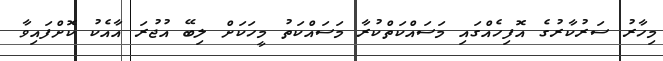
މިހާރު ސަރުކާރުގެ އޮފިހެއްގައި މަސައްކަތްކުރާ މަސައްކަތު މީހަކަށް ލިބޭ އުޖުރަ އާއެކު ކޮށްފައިވާ